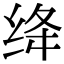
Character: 绛